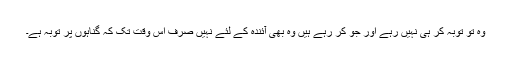
وہ تو توبہ کر ہی نہیں رہے اور جو کر رہے ہیں وہ بھی آئندہ کے لئے نہیں صرف اس وقت تک کہ گناہوں پر توبہ ہے۔